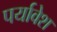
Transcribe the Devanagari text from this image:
पर्यावेश